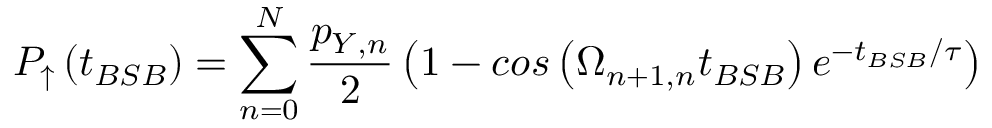
P _ { \uparrow } \left( t _ { B S B } \right) = \sum _ { n = 0 } ^ { N } { \frac { p _ { Y , n } } { 2 } \left( 1 - c o s \left( \Omega _ { n + 1 , n } t _ { B S B } \right) e ^ { - t _ { B S B } / \tau } \right) }